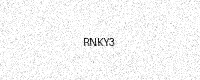
Text: RNKY3